Leaving Certificate Examination, 1914
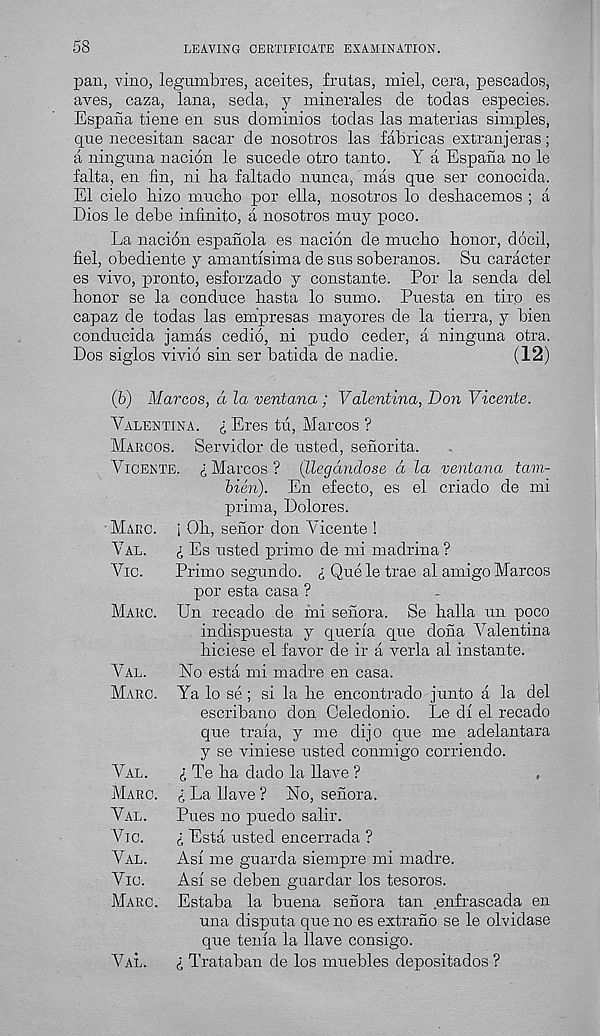
58
LEAVING CERTIFICATE EXAMINATION.
pan, vino, legumbres, aceites, frutas, miel, cera, pescados,
aves, caza, lana, seda, y minerales de todas especies.
Espana tiene en sus dominios todas las materias simples,
que necesitan sacar de nosotros las fabricas extranjeras;
a ningnna nacion le sucede otro tanto. Y a Espana no le
falta, en fin, ni ha faltado nunca, mas qne ser conocida.
El cielo hizo mncho por ella, nosotros lo deshacemos ; a
Dios le debe infinito, a nosotros muy poco.
La nacion espanola es nacion de mncho honor, docil,
fiel, obediente y amantisima de sus soberanos. Su caracter
es vivo, pronto, esforzado y constante. Por la senda del
honor se la conduce hasta lo sumo. Puesta en tiro es
capaz de todas las empresas mayores de la tierra, y bien
conducida jamas cedio, ni pudo ceder, a ninguna otra.
Dos siglos vivid sin ser batida de nadie.
(12)
(b) Marcos, a la ventana; Valentina, Don Vicente.
Valentina, i Eres tu, Marcos ?
Marcos. Servidor de usted, senorita.
Vicente. £ Marcos? (llegandose d la ventana tam-
bien). En efecto, es el criado de mi
prima, Dolores.
Marc, i Oh, sehor don Vicente !
Val.
£ Es usted primo de mi madrina ?
Vic.
Primo segundo. £ Queletrae al amigo Marcos
por esta casa ?
Marc. Un recado de mi senora. Se halla un poco
indispuesta y queria que dona Valentina
hiciese el favor de ir a verla al instante.
Val.
No esta mi madre en casa.
Marc. Ya lo se ; si la he encontrado junto a la del
escribano don Celedonio. Le di el recado
que traia, y me dijo que me adelantara
y se viniese usted conmigo corriendo.
Val.
£ Te ha dado la Have ?
Marc. £ La Have ? No, senora.
Val.
Pues no puedo salir.
Vic.
£ Esta usted encerrada ?
Val.
Asi me guarda siempre mi madre.
Vic.
Asi se deben guardar los tesoros.
Marc. Estaba la buena senora tan enfrascada en
una disputa que no es extraiio se le olvidase
que tenia la Have consigo.
Val.
£ Trataban de los muebles depositados ?